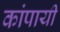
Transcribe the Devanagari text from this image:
कांपायी